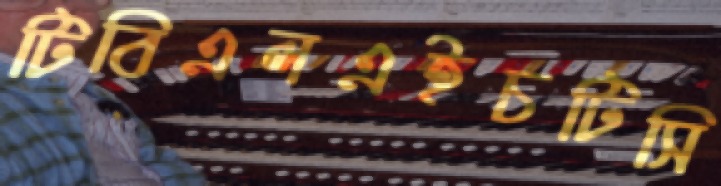
টিবিএলএইচটিসি